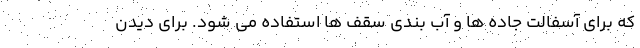
که برای آسفالت جاده ها و آب بندی سقف ها استفاده می شود. برای دیدن